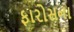
ફારોસના